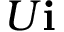
U { \bf i }